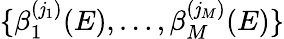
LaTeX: \{ \beta_{1}^{(\mathit{j}_{1})}(E),\dots,\beta_{M}^{(\mathit{j}_{M})}(E)\}